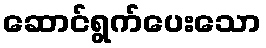
ဆောင်ရွက်ပေးသော